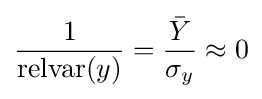
{\frac {1}{{\text{relvar}}(y)}}={\frac {\bar {Y}}{\sigma _{y}}}\approx 0